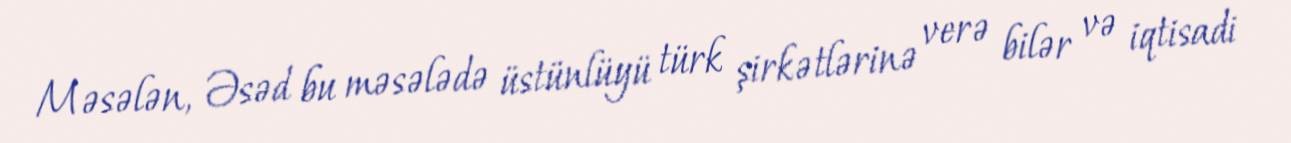
Məsələn, Əsəd bu məsələdə üstünlüyü türk şirkətlərinə verə bilər və iqtisadi